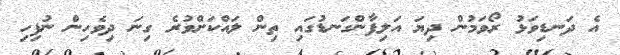
އެ ދަނޑިވަޅު ރޯވަމުން ދިޔަ އަލިފާންގަނޑުގައި ތިން ލައްކަށްވުރެ ގިނަ ދިވެހިން ނުފިހި